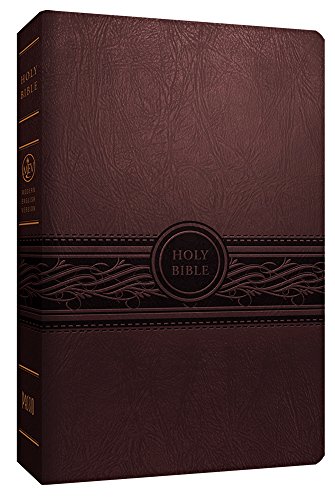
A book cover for MEV Personal Size Large Print (Cherry Brown): Modern English Version (MEV); Passio; Christian Books & Bibles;